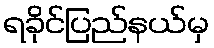
ရခိုင်ပြည်နယ်မှ